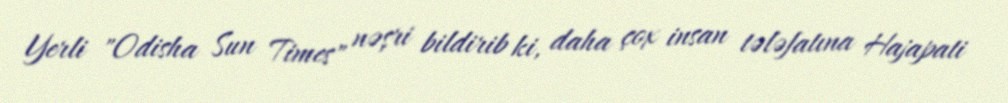
Yerli "Odisha Sun Times" nəşri bildirib ki, daha çox insan tələfatına Hajapati